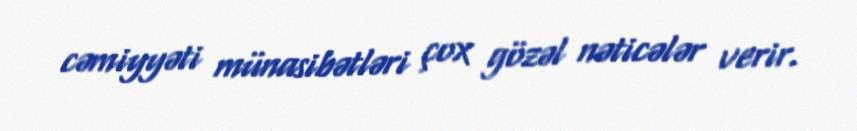
cəmiyyəti münasibətləri çox gözəl nəticələr verir.